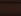
لقد